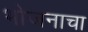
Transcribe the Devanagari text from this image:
भोजनाचा